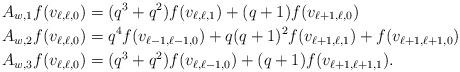
LaTeX: \begin{align*}&A_{w,1}f(v_{\ell,\ell,0})=(q^3+q^2)f(v_{\ell,\ell,1})+(q+1)f(v_{\ell+1,\ell,0})\\&A_{w,2}f(v_{\ell,\ell,0})=q^4f(v_{\ell-1,\ell-1,0})+q(q+1)^2f(v_{\ell+1,\ell,1})+f(v_{\ell+1,\ell+1,0})\\&A_{w,3}f(v_{\ell,\ell,0})=(q^3+q^2)f(v_{\ell,\ell-1,0})+(q+1)f(v_{\ell+1,\ell+1,1}).\end{align*}